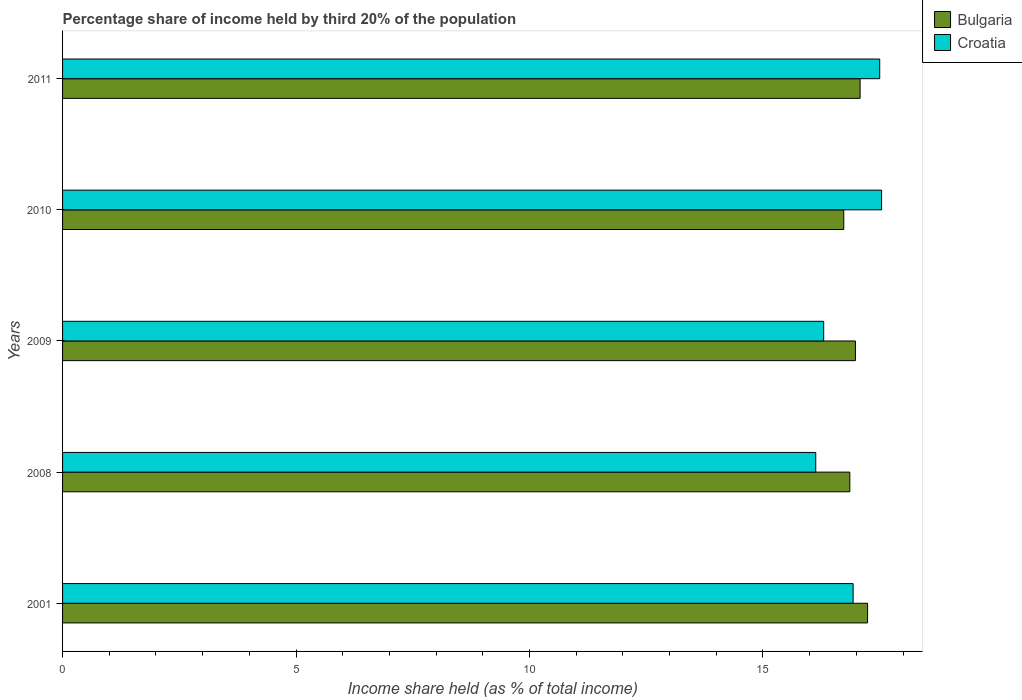
| Years | Bulgaria | Croatia |
 | --- | --- | --- |
 | 2001 | 17.2 | 16.9 |
 | 2008 | 16.9 | 16.1 |
 | 2009 | 17 | 16.3 |
 | 2010 | 16.7 | 17.5 |
 | 2011 | 17.1 | 17.5 |